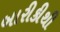
બારીકીથી